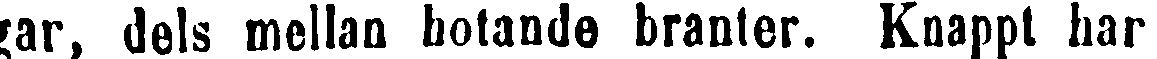
gar, dels mellan hotande branter. Knappt har